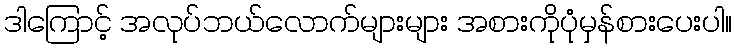
ဒါကြောင့် အလုပ်ဘယ်လောက်များများ အစားကိုပုံမှန်စားပေးပါ။